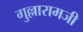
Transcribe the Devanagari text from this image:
गुल्लारामजी